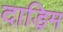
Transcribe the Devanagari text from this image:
दाड़िम